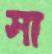
সা